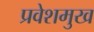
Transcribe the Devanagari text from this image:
प्रवेशमुख